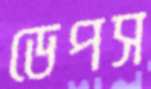
ডেপস